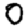
Digit: 0